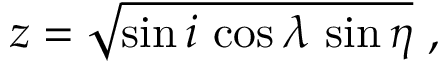
z = \sqrt { \sin i \, \cos \lambda \, \sin \eta } \ ,